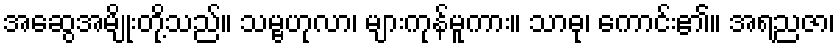
အဆွေအမျိုးတို့သည်။ သမ္ဗဟုလာ၊ များကုန်မူကား။ သာဓု၊ ကောင်း၏။ အရညဇာ၊